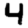
Digit: 4